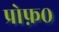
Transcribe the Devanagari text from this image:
प्रोफ़०